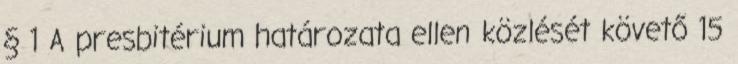
§ 1 A presbitérium határozata ellen közlését követő 15